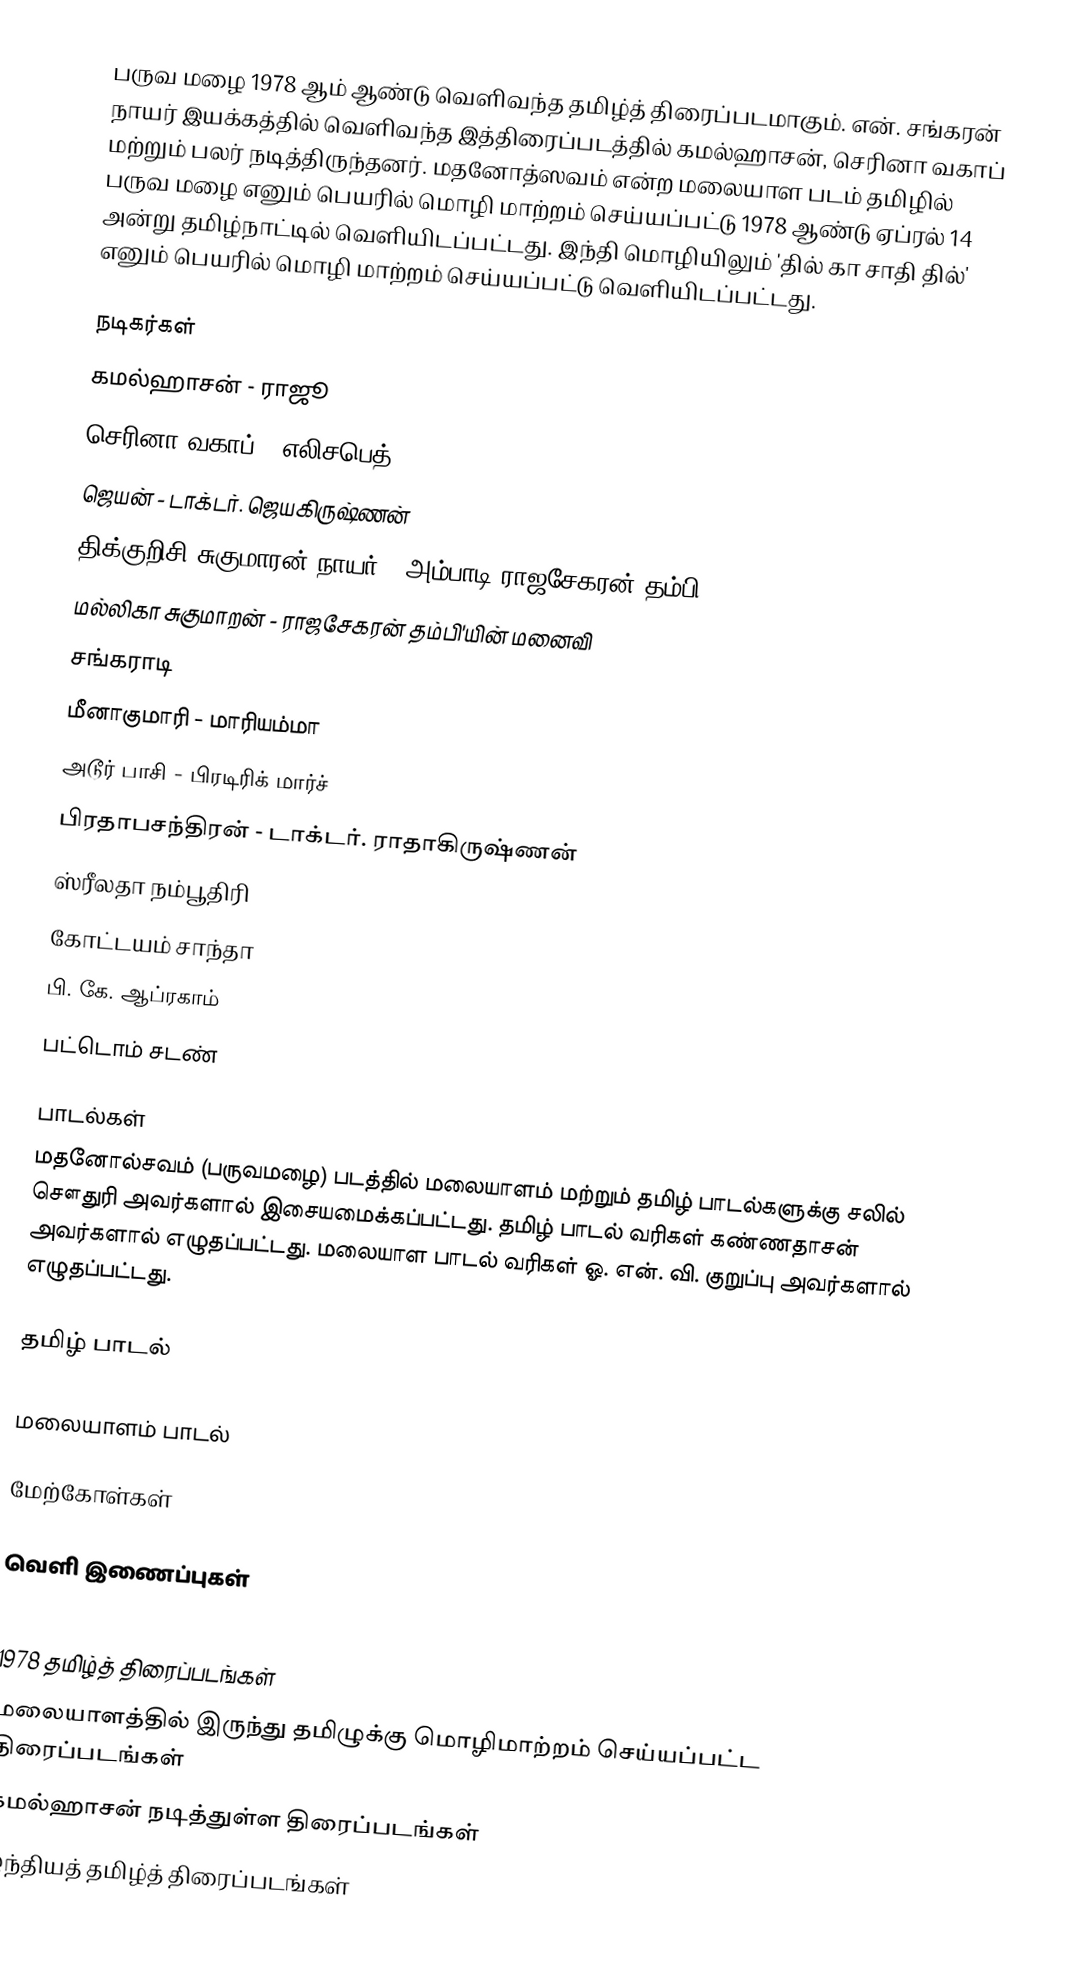
பருவ மழை 1978 ஆம் ஆண்டு வெளிவந்த தமிழ்த் திரைப்படமாகும். என். சங்கரன் நாயர் இயக்கத்தில் வெளிவந்த இத்திரைப்படத்தில் கமல்ஹாசன், செரினா வகாப் மற்றும் பலர் நடித்திருந்தனர். மதனோத்ஸவம் என்ற மலையாள படம் தமிழில் பருவ மழை எனும் பெயரில் மொழி மாற்றம் செய்யப்பட்டு 1978 ஆண்டு ஏப்ரல் 14 அன்று தமிழ்நாட்டில் வெளியிடப்பட்டது. இந்தி மொழியிலும் 'தில் கா சாதி தில்' எனும் பெயரில் மொழி மாற்றம் செய்யப்பட்டு வெளியிடப்பட்டது.

நடிகர்கள்
 கமல்ஹாசன் - ராஜூ
 செரினா வகாப் - எலிசபெத்
 ஜெயன் - டாக்டர். ஜெயகிருஷ்ணன்
 திக்குறிசி சுகுமாரன் நாயர் - அம்பாடி ராஜசேகரன் தம்பி
 மல்லிகா சுகுமாறன் - ராஜசேகரன் தம்பி'யின் மனைவி
 சங்கராடி
 மீனாகுமாரி - மாரியம்மா
 அடூர் பாசி - பிரடிரிக் மார்ச்
 பிரதாபசந்திரன் - டாக்டர். ராதாகிருஷ்ணன்
 ஸ்ரீலதா நம்பூதிரி
 கோட்டயம் சாந்தா
 பி. கே. ஆப்ரகாம்
 பட்டொம் சடண்

பாடல்கள்
மதனோல்சவம் (பருவமழை) படத்தில் மலையாளம் மற்றும் தமிழ் பாடல்களுக்கு சலில் சௌதுரி அவர்களால் இசையமைக்கப்பட்டது. தமிழ் பாடல் வரிகள் கண்ணதாசன் அவர்களால் எழுதப்பட்டது. மலையாள பாடல் வரிகள்  ஓ. என். வி. குறுப்பு அவர்களால் எழுதப்பட்டது.

தமிழ் பாடல்

மலையாளம் பாடல்

மேற்கோள்கள்

வெளி இணைப்புகள்

1978 தமிழ்த் திரைப்படங்கள்
மலையாளத்தில் இருந்து தமிழுக்கு மொழிமாற்றம் செய்யப்பட்ட திரைப்படங்கள்
கமல்ஹாசன் நடித்துள்ள திரைப்படங்கள்
இந்தியத் தமிழ்த் திரைப்படங்கள்